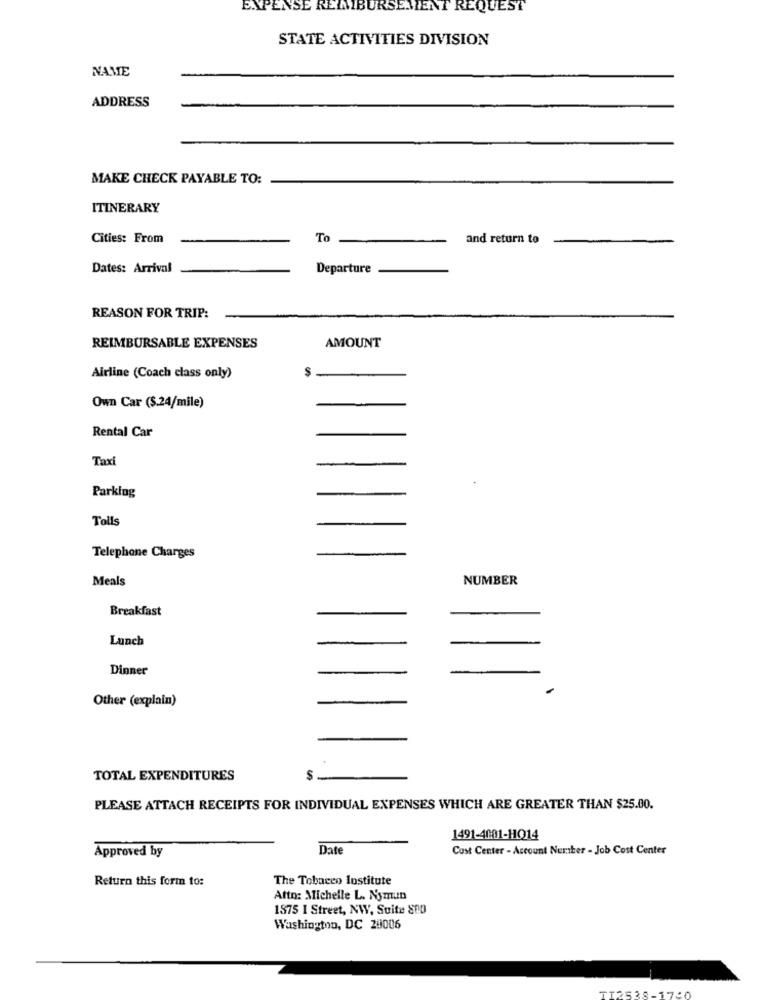
EXPENSE REMIBURSEMENT REQUEST
STATE ACTIVITIES DIVISION
NAME
ADDRESS
MAKE CHECK PAYABLE TO:
ITINERARY
Cities: From
To
and return to
Dates: Arrival
Departure
REASON FOR TRIP:
REIMBURSABLE EXPENSES
AMOUNT
Airline (Coach class only)
Own Car (S.24/mile)
Rental Car
Taxi
Parking
Tolls
Telephone Charges
Meals
NUMBER
Breakfast
Lunch
Dinner
Other (explain)
TOTAL EXPENDITURES
$
PLEASE ATTACH RECEIPTS FOR INDIVIDUAL EXPENSES WHICH ARE GREATER THAN $25.00.
1491-4001-HQ14
Date
Cost Center - Account Number - Job Cost Center
Approved by
Return this form to:
The Tobacco Institute
Atto: Michelle L. Nymun
1875 I Street, NW, Suite 800
Washington, DC 29006
TT2828-17-0